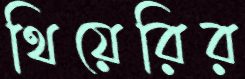
থিয়েরির